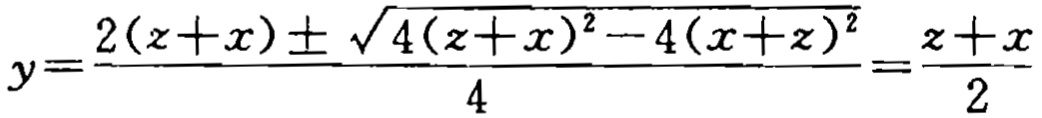
\[y=\frac{2(z + x)\pm\sqrt{4(z + x)^2-4(x + z)^2}}{4}=\frac{z + x}{2}\]